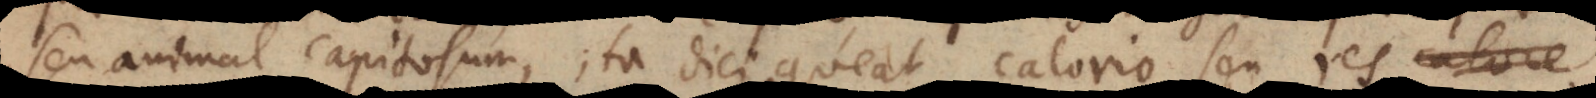
seu animal capitosum, ita dici queat calorio seu res calore